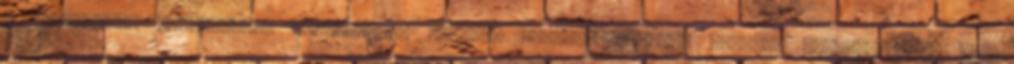
a nemzetközi kapcsolatok kölcsönösen előnyös megállapodásokon alapuló formálásától, ami